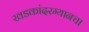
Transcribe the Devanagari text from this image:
खडकांदरम्यानचा